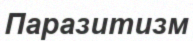
Паразитизм